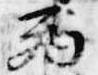
西